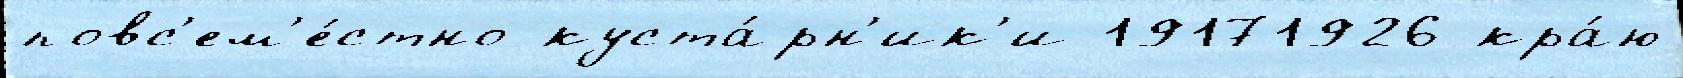
повс'ем'е́стно куста́рн'ик'и 19171926 кра́ю